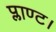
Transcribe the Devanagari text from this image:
प्लाण्ट।